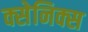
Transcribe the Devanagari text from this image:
क्सेनिक्स